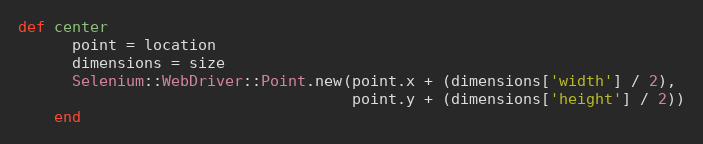
Language: Ruby
def center
      point = location
      dimensions = size
      Selenium::WebDriver::Point.new(point.x + (dimensions['width'] / 2),
                                     point.y + (dimensions['height'] / 2))
    end